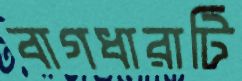
বাগধারাটি